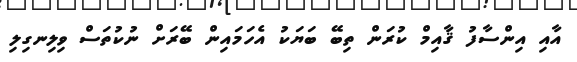
އާއި އިންސާފު ޤާއިމް ކުރަން ތިބޭ ބަޔަކު އެހަމައިން ބޭރަށް ނުކުތަސް ވިލިނގިލި